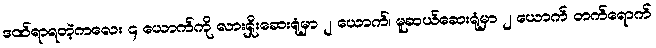
ဒဏ်ရာရတဲ့ကလေး ၄ ယောက်ကို လားရှိုးဆေးရုံမှာ ၂ ယောက်၊ မူဆယ်ဆေးရုံမှာ ၂ ယောက် တက်ရောက်